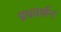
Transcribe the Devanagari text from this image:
ग्रथवर्णन